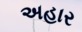
અહાર